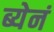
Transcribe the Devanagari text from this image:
ब्येनं